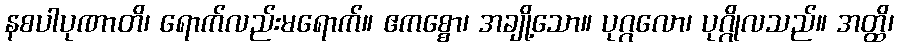
နစပါပုဏာတိ၊ ရောက်လည်းမရောက်။ ဧကစ္စော၊ အချို့သော။ ပုဂ္ဂလော၊ ပုဂ္ဂိုလသည်။ အတ္ထိ၊